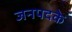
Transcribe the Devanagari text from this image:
जनपदके